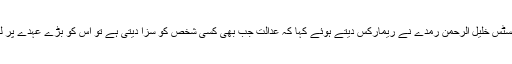
بینچ میں شامل جسٹس خلیل الرحمن رمدے نے ریمارکس دیتے ہوئے کہا کہ عدالت جب بھی کسی شخص کو سزا دیتی ہے تو اُس کو بڑے عہدے پر لگایا دیا جاتا ہے۔